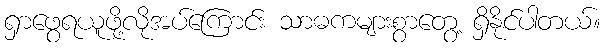
ရှာဖွေရယူဖို့လိုအပ်ကြောင်း သာဓကများစွာတွေ့ ရှိနိုင်ပါတယ်။